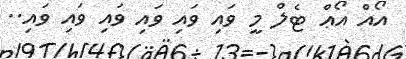
އޯއް އޯޢް ޓެލް މީ ވައި ވައި ވައި ވައި ވައި ވައި..